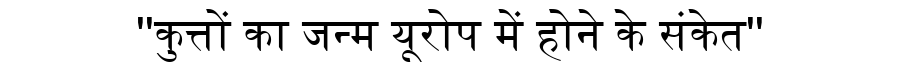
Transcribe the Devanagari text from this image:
''कुत्तों का जन्म यूरोप में होने के संकेत''